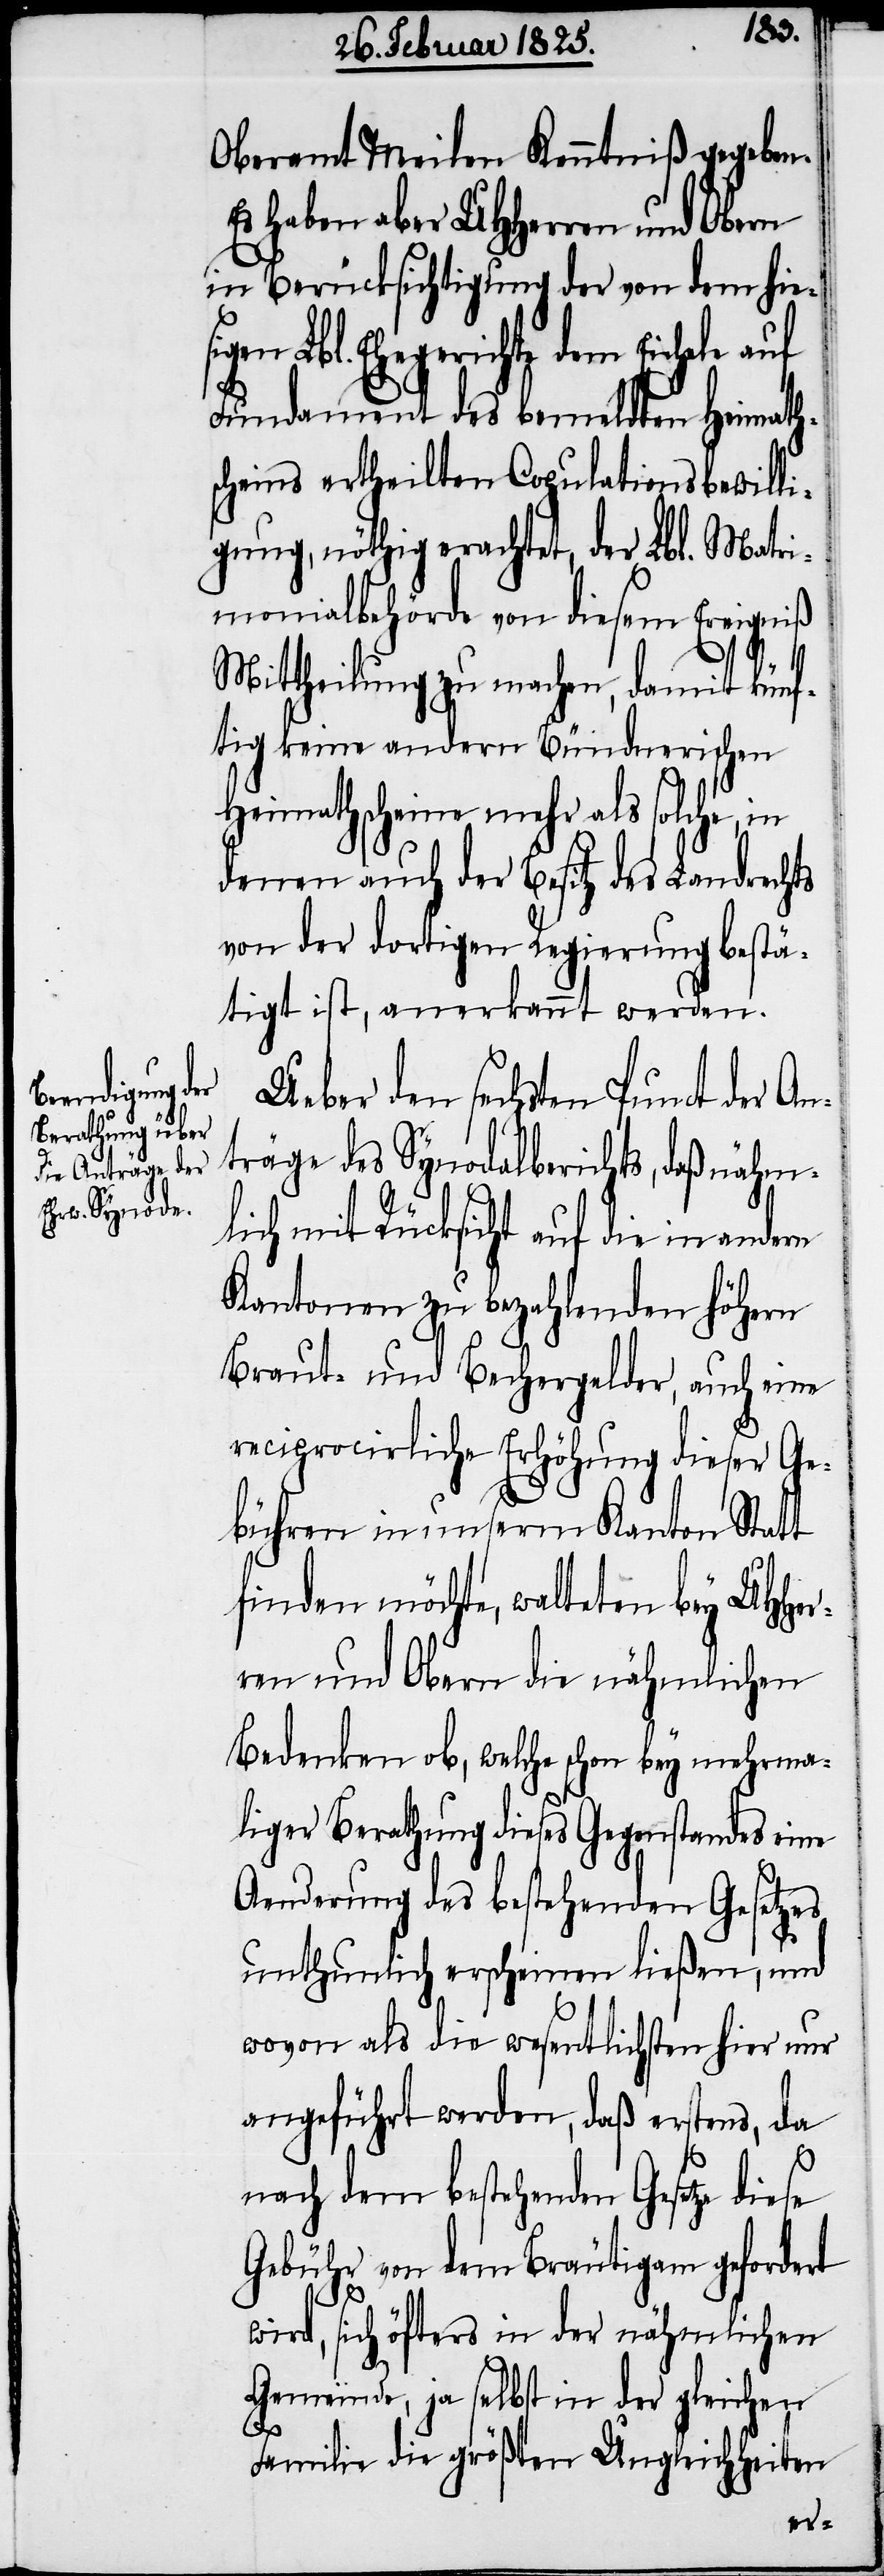
Oberamt Meilen Kenntniß gegeben.
Es haben aber UHHerren und Obern
in Berücksichtigung der von dem hie¬
gen Lbl. Ehegerichte dem Eichele
Fundament des bemeldten Heimath¬
scheins ertheilten Copulationsbewilli¬
gung, nöthig erachtet, der Lbl. Matri¬
monialbehörde von diesem Ereigniß
Mittheilung zu machen, damit künf¬
tig keine andern Bündnerischen
Heimathscheine mehr als solche, in
denen auch der Besitz des Landrechts
von der dortigen Regierung bestä¬
tigt ist, anerkannt werden.
Ueber den sechsten Punct der An¬
träge des Synodalberichts, daß nähm¬
lich mit Rücksicht auf die in andern
Kantonen zu bezahlenden höhern
Braut- und Bechergelder, auch eine
reciprocirliche Erhöhung dieser Ge¬
bühren in unserm Kanton Statt
finden möchte, walteten bey UHHer¬
ren und Obern die nähmlichen
Bedenken ob, welche schon bey mehrma¬
liger Berathung dieses Gegenstandes eine
Aenderung des bestehenden Gesetzes
unthunlich erscheinen ließen, und
wovon als die wesentlichsten hier nur
angeführt werden, daß erstens, da
nach dem bestehenden Gesetze diese
Gebühr von dem Bräutigam gefordert
wird, sich öfters in der nähmlichen
Gemeinde, ja selbst in der gleichen
Familie die größten Ungleichheiten
si¬